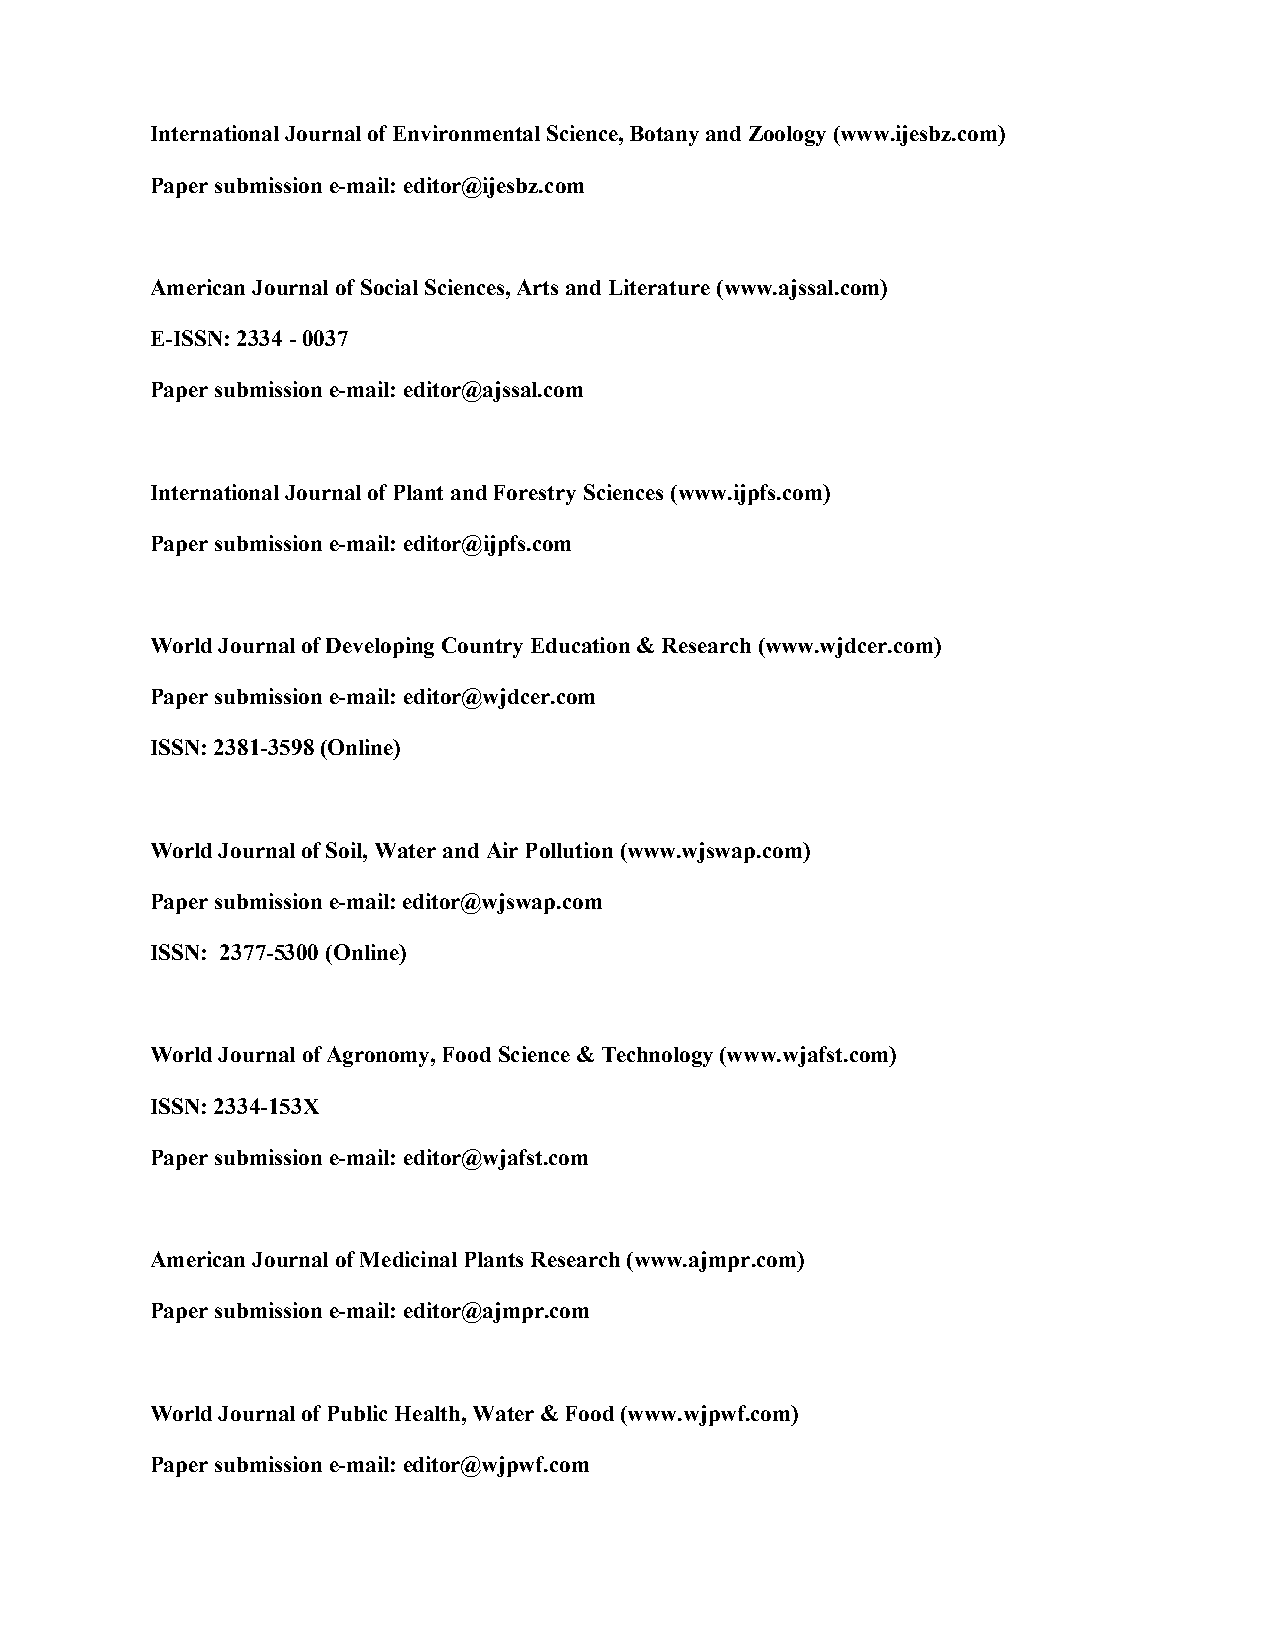
International Journal of Environmental Science, Botany and Zoology (www.ijesbz.com)
 Paper submission e-mail: editor@ijesbz.com
 American Journal of Social Sciences, Arts and Literature (www.ajssal.com)
 E-ISSN: 2334 - 0037
 Paper submission e-mail: editor@ajssal.com
 International Journal of Plant and Forestry Sciences (www.ijpfs.com)
 Paper submission e-mail: editor@ijpfs.com
 World Journal of Developing Country Education & Research (www.wjdcer.com)
 Paper submission e-mail: editor@wjdcer.com
 ISSN: 2381-3598 (Online)
 World Journal of Soil, Water and Air Pollution (www.wjswap.com)
 Paper submission e-mail: editor@wjswap.com
 ISSN: 2377-5300 (Online)
 World Journal of Agronomy, Food Science & Technology (www.wjafst.com)
 ISSN: 2334-153X
 Paper submission e-mail: editor@wjafst.com
 American Journal of Medicinal Plants Research (www.ajmpr.com)
 Paper submission e-mail: editor@ajmpr.com
 World Journal of Public Health, Water & Food (www.wjpwf.com)
 Paper submission e-mail: editor@wjpwf.com